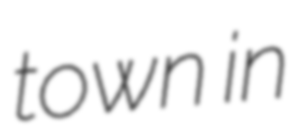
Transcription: town in